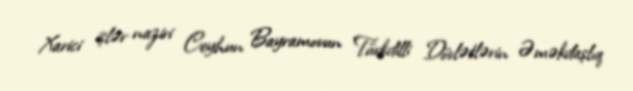
Xarici işlər naziri Ceyhun Bayramovun Türkdilli Dövlətlərin Əməkdaşlıq